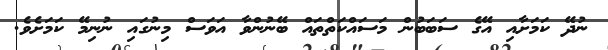
ނުދޭ ކަމަށާއި އޭގެ ސަބަބުން މަސައްކަތްތައް ބޭނުންވާ އަވަސް މިނުގައި ނުނިމޭ ކަމަށެވެ.